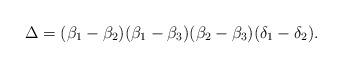
LaTeX: \begin{align*}\Delta = (\beta_{1}-\beta_{2})(\beta_{1}-\beta_{3})(\beta_{2}-\beta_{3})(\delta_{1}-\delta_{2}).\end{align*}